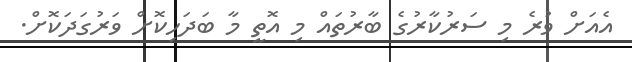
އެއަށް ވުރެ މި ސަރުކާރުގެ ބާރުތައް މި އޮތީ މާ ބަދަހިކޮށް ވަރުގަދަކޮށް.